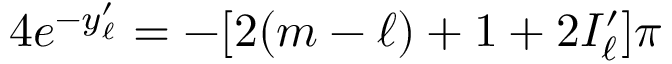
4 e ^ { - y _ { \ell } ^ { \prime } } = - [ 2 ( m - \ell ) + 1 + 2 I _ { \ell } ^ { \prime } ] \pi